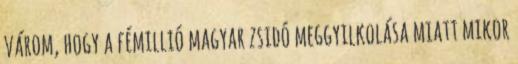
várom, hogy a fémillió magyar zsidó meggyilkolása miatt mikor